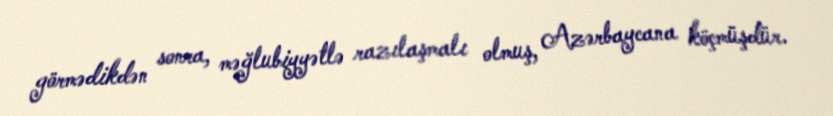
görmədikdən sonra, məğlubiyyətlə razılaşmalı olmuş, Azərbaycana köçmüşdür.